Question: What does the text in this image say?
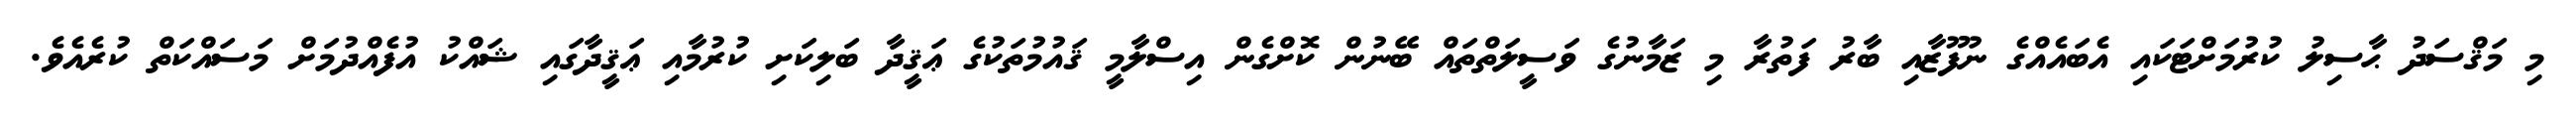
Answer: މި މަޤްސަދު ޙާސިލު ކުރުމަށްޓަކައި އެބައެއްގެ ނުފޫޒާއި ބާރު ފަތުރާ މި ޒަމާނުގެ ވަސީލަތްތައް ބޭނުން ކޮށްގެން އިސްލާމީ ޤައުމުތަކުގެ ޢަޤީދާ ބަލިކަށި ކުރުމާއި ޢަޤީދާގައި ޝައްކު އުފެއްދުމަށް މަސައްކަތް ކުރެއެވެ.